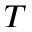
T